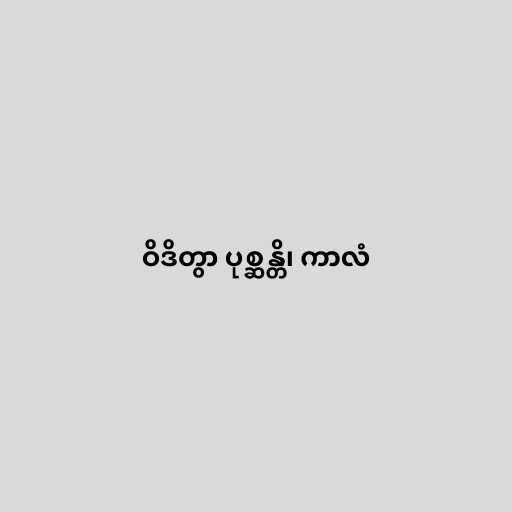
ဝိဒိတွာ ပုစ္ဆန္တိ၊ ကာလံ